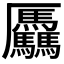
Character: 𠫑